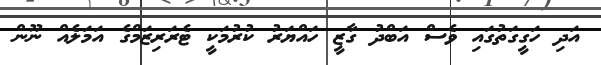
އަދި ހަގީގަތުގައި ވެސް އަބްދު ގާޒީ ހައްޔަރު ކުރުމަކީ ޓެރަރިޒަމްގެ އަމަލެއް ނޫން